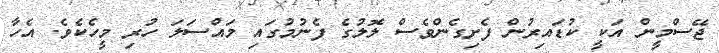
ޖޭސްމީން އަކީ ކުޑައިރުން ފެށިގެެންވެެސް ލޮލުގެެ ފެެނުމުގައި މައްސަލަ ހުރި މީހެކެވެެ. އެެހާ